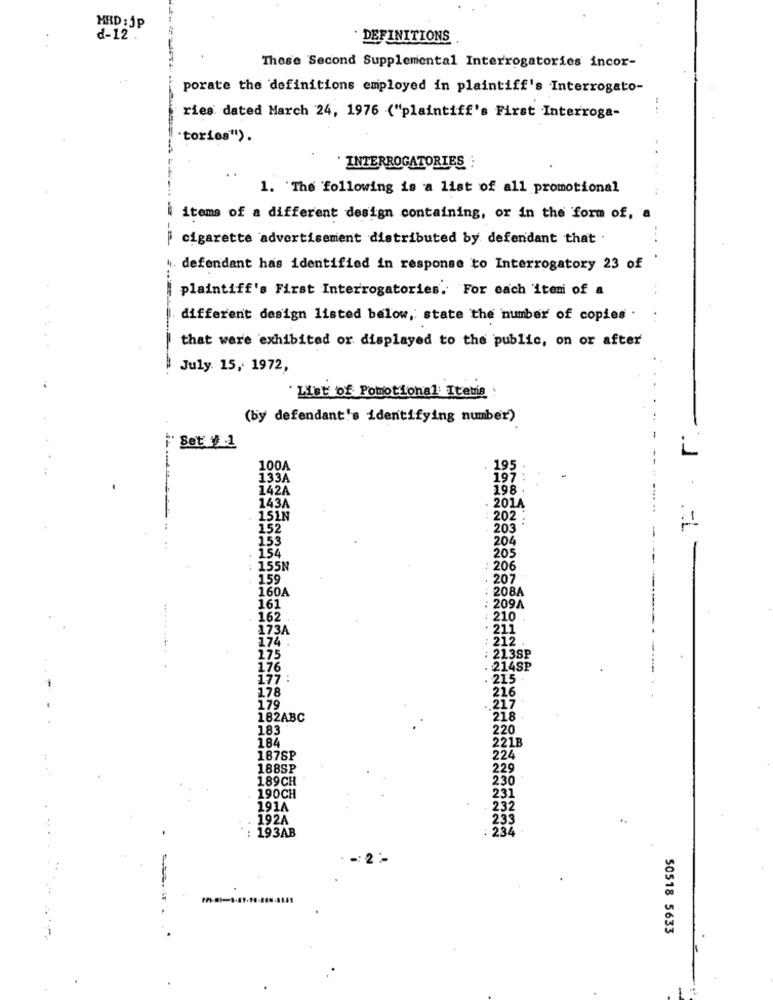
MRD :Jp
d-12 .
DEFINITIONS
These Second Supplemental Interrogatories incor-
porate the definitions employed in plaintiff's Interrogato-
ries dated March 24, 1976 ("plaintiff's First Interroga-
"tories").
INTERROGATORIES :
1. The following is a list of all promotional
items of a different design containing, or in the form of, a
cigarette advertisement distributed by defendant that
h. defendant has identified in response to Interrogatory 23 of
plaintiff's First Interrogatories. For each iteni of a
different design listed below, state the number of copies .
that were exhibited or displayed to the public, on or after
July 15, 1972,
List of Promotional Items :
(by defendant's identifying number)
Set # 1
L
100A
195
133A
197
142A
198 .
143A
201A
151N
202
15
203
153
204
154
205
155N
: 206
159
. 207
160A
: 208A
161
209A
162
210
173A
· 211
174
:212
175
: 2138₽
176
214SP
177 :
215
178
216
1.79
217
182ABC
218
183
220
184
221B
187SP
224
188SP
229
189CH
230
190CH
231
191A
192A
193AB
===.. .
50518 5633